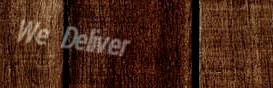
We Deliver